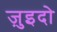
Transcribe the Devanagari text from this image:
ज़ुइदो